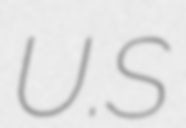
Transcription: U.S